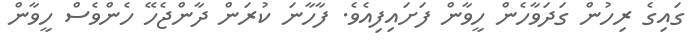
ގައިގެ ރިހުން ގަދަވާހެން ހީވާން ފަށައިފިއެވެ. ފާހާނަ ކުރަން ދާންޖެހޭ ހެންވެސް ހީވާން